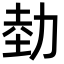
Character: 勎